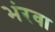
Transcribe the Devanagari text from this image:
भंरवा